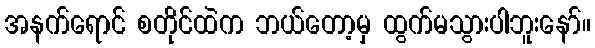
အနက်ရောင် စတိုင်ထဲက ဘယ်တော့မှ ထွက်မသွားပါဘူးနော်။